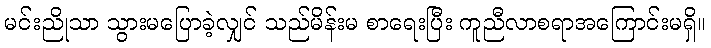
မင်းညိုသာ သွားမပြောခဲ့လျှင် သည်မိန်းမ စာရေးပြီး ကူညီလာစရာအကြောင်းမရှိ။